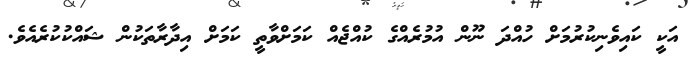
އަކީ ކައިވެނިކުރުމަށް ހުއްދަ ނޫން އުމުރެއްގެ ކުއްޖެއް ކަމަށްވާތީ ކަމަށް އިދާރާތަކުން ޝައްކުކުރެއެވެ.